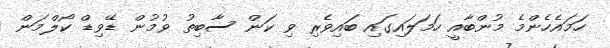
ހަމައެހެންމެ މުންބާއީ ހަމަލައިގައި ބައިވެރި ވި ކަން ސާބިތު ވުމުން ޑޭވިޑް ކޯލްމަން